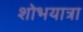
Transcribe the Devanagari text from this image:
शोभयात्रा